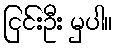
ငြင်းဦး မှပါ။